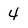
Character: 4